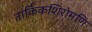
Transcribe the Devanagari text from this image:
तार्किकशिरोमणि